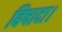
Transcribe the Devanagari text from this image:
बिषादा।